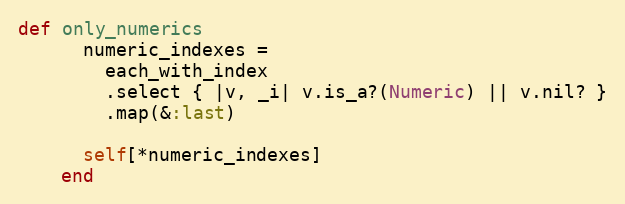
Language: Ruby
def only_numerics
      numeric_indexes =
        each_with_index
        .select { |v, _i| v.is_a?(Numeric) || v.nil? }
        .map(&:last)

      self[*numeric_indexes]
    end